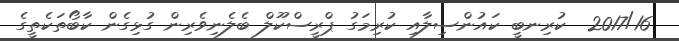
2017/16  ކުރިނބީ ކައުންސިލާއި ކުރިމަގު ޕްރީސްކޫލް ބެލެނިވެރިން ގުޅިގެން ކާބޯތަކެތީގެ